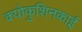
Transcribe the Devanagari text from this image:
क्योकुशिनकाई